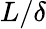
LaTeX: L/\delta